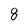
Character: 8